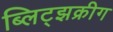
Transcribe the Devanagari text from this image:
ब्लिट्झक्रीग